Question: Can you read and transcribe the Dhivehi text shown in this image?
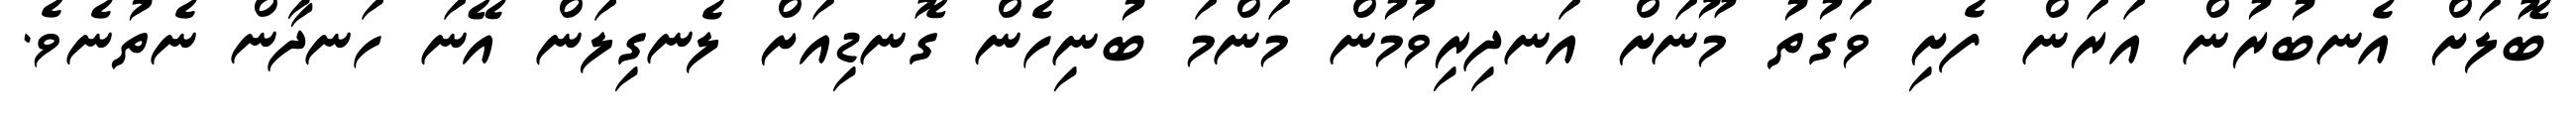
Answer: ބޮލަށް އެނބުރުން އަރަން ފެށި ވަގުތު މޫނަށް އަނދިރިވުމުން މަންމަ ބުނިހެން ގޮނޑިއަށް ލެނގިލަން އޭނަ ހަނދާން ނެތުނެވެ.